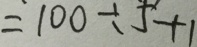
= 1 0 0 \div 5 + 1